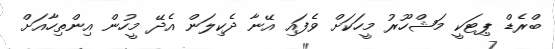
ބްރެޑް ޕިޓަކީ މަޝްހޫރު މީހަކަށް ވެފައި އޭނާ ދެކިލަން އެދޭ މީހުން އިންތިހާއަށް